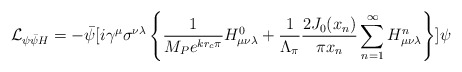
\begin{align*}{\cal L}_{\psi\bar{\psi}H}= - \bar{\psi}[i\gamma^{\mu}\sigma^{\nu\lambda}\left\{\frac{1}{M_P e^{kr_c\pi}}H^0_{\mu\nu\lambda}+\frac{1}{\Lambda_{\pi}}\frac{2J_0(x_n)}{\pi x_n}\sum_{n=1}^{\infty}H^n_{\mu\nu\lambda}\right\}]\psi\end{align*}